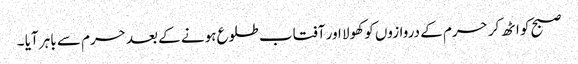
صبح کو اٹھ کر حرم کے دروازوں کو کھولا اور آفتاب طلوع ہونے کے بعد حرم سے باہر آیا ۔